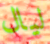
ليال